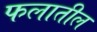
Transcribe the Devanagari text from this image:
फलातील